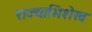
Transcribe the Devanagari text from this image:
राज्याभिशेख